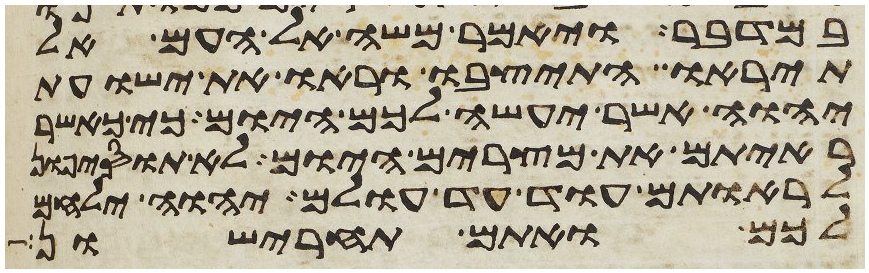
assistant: במדבר ויאמר משה אל העם אל
תיראו התיצבו וראו את ישועת
יהוה אשר יעשה לכם היום כי כאשר
ראיתם את מצרים היום לא תוסיפון
לראותם עוד עד עולם יהוה ילחם
לכם ואתם תחרישון